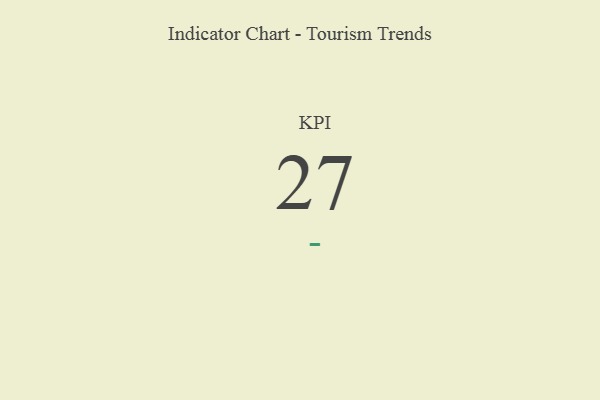
{"axis": {"x": "KPI", "y": "Value"}, "legend": [""], "data": [{"x": "KPI", "y": 27, "type": ""}]}